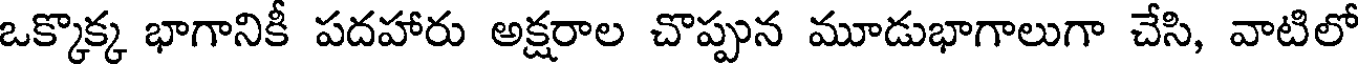
ఒక్కొక్క భాగానికీ పదహారు అక్షరాల చొప్పున మూడుభాగాలుగా చేసి, వాటిలో